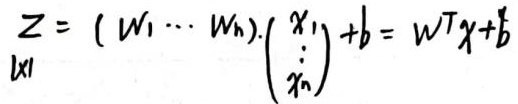
\[
\begin{align*}
\underset{1\times1}{Z}&=(W_1\cdots W_n)\cdot\begin{pmatrix}
x_1\\
\vdots\\
x_n
\end{pmatrix}+b=W^Tx + b
\end{align*}
\]